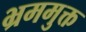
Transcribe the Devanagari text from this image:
भ्रममुक्त